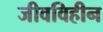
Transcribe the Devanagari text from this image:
जीवविहीन